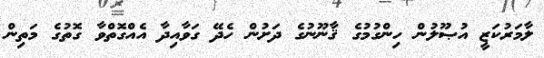
ލާމަރުކަޒީ އުޞޫލުން ހިންގުމުގެ ޤާނޫނުގެ ދަށުން ހެދޭ ގަވާއިދާ އެއްގޮތްވާ ގޮތުގެ މަތިން